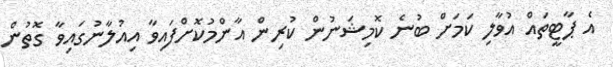
އެ ޕާޓީތައް އުވާލި ކަމަށް ބުނެ ކޮމިޝަނުން ކުރިން އާންމުކޮށްފައިވާ އިއުލާނުގައިވާ ގޮތުން